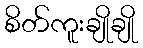
စိတ်ကူးချိုချို